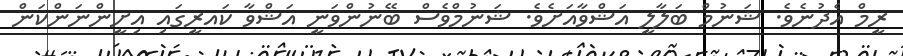
ރީމް އެދުނެވެ. ޝަނުމް ބަލާލީ އަޝްވާއަށެވެ. ޝަނުމްވެސް ބޭނުންވަނީ އަޝްވާ ކައރީގައި އިށީންނަންކަން